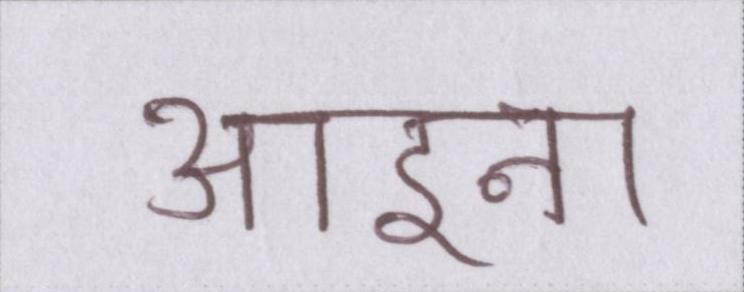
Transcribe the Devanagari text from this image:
आइना